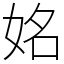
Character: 姳